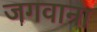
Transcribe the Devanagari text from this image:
जगवाना